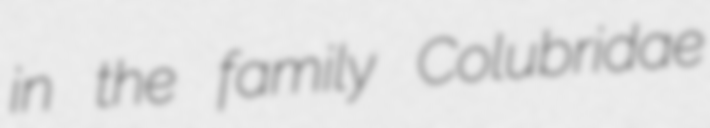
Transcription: in the family Colubridae